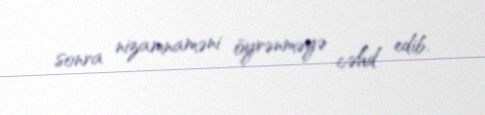
sonra nizamnaməni öyrənməyə cəhd edib.